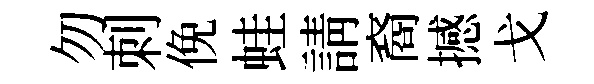
勿刺俛蛙請裔撼戈